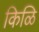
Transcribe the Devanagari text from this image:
किळि